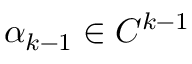
\alpha _ { k - 1 } \in C ^ { k - 1 }